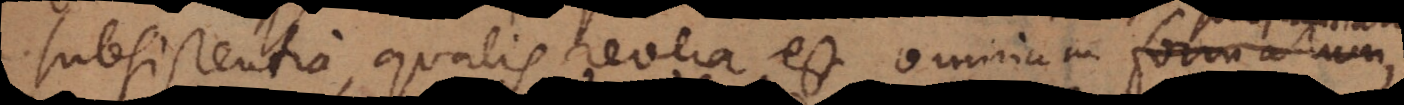
sistentia, qualis revera est omnium formarum,